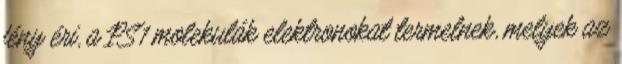
fény éri, a PS1 molekulák elektronokat termelnek, melyek az